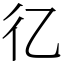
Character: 𢒼